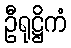
ဦရုဋ္ဌိကံ